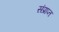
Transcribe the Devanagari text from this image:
संप्राप्त